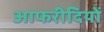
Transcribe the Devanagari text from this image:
आफरीदियों